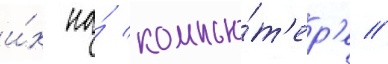
и́х на́ компью́т'ер'е //